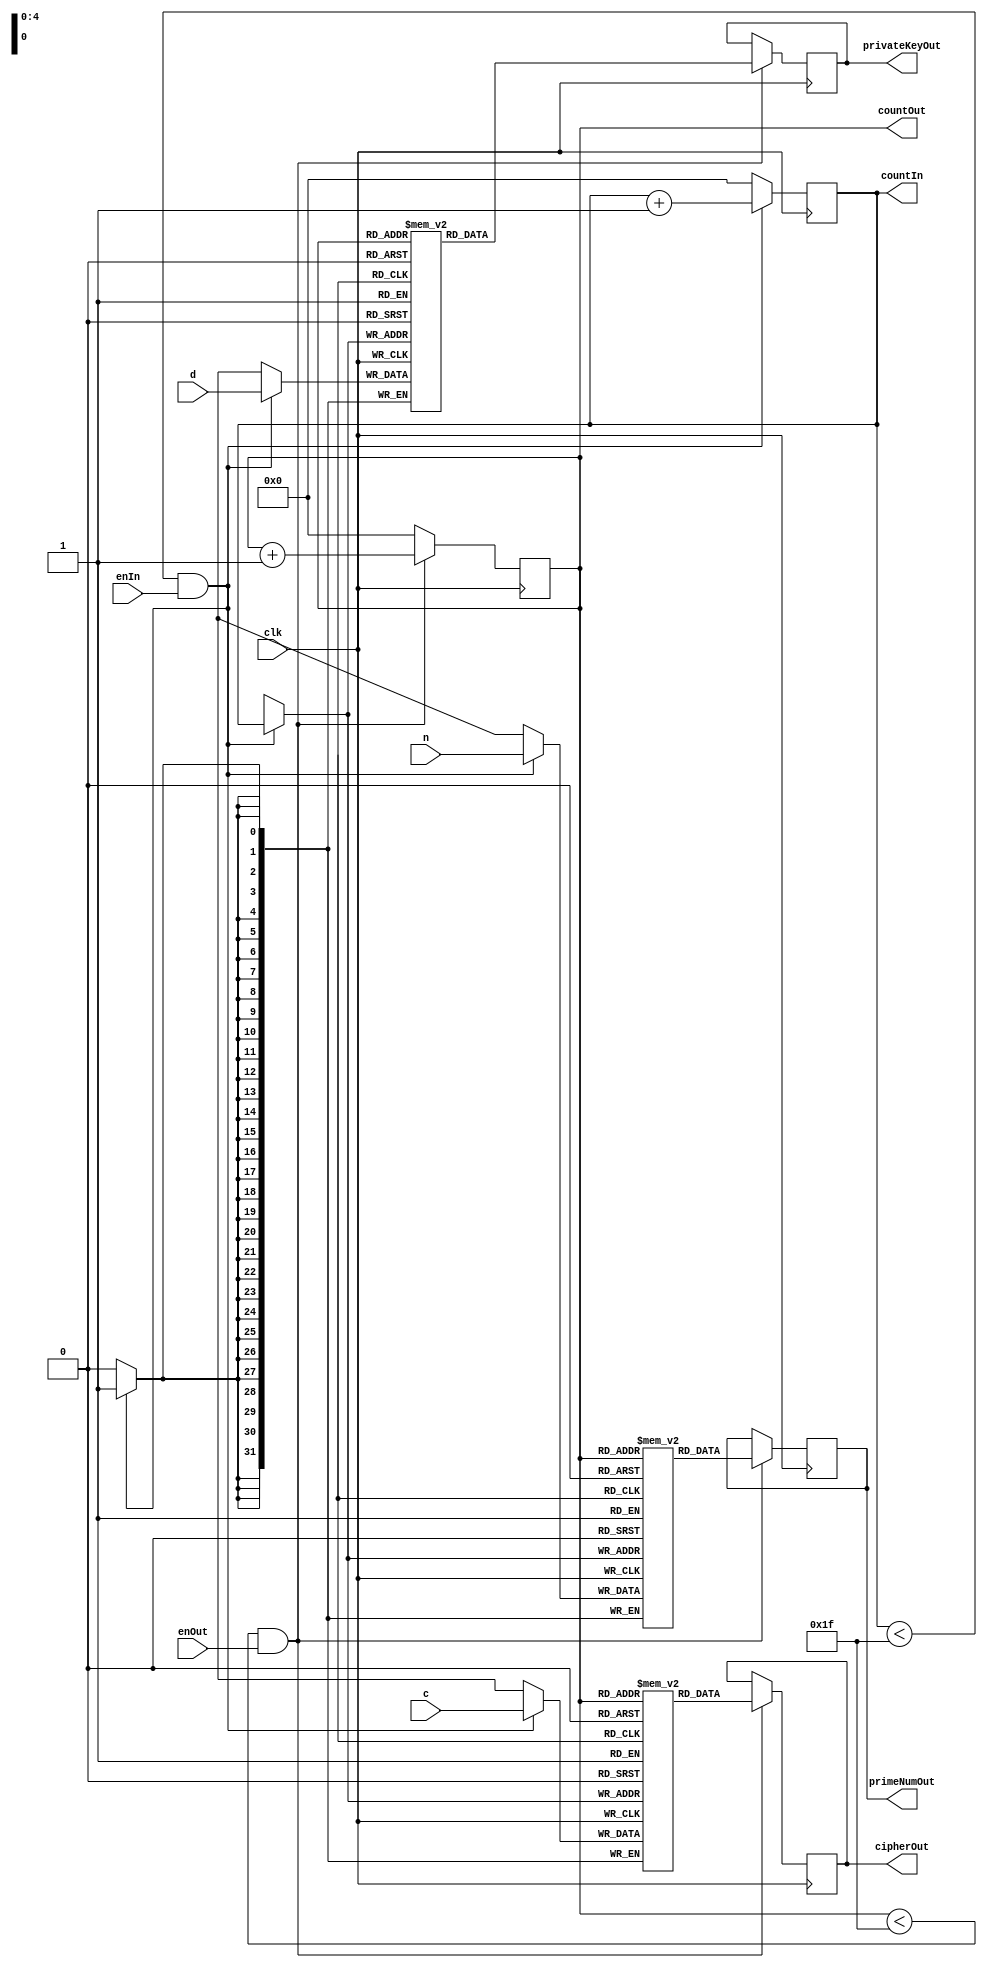
/*
we need both a start input bit  a start output bit
*/
module storeNumbers(
		n,
		d,
		c,
		clk,
		primeNumOut,
		privateKeyOut,
		cipherOut,
		enIn,
		enOut,
		countOut, 	// temp
		countIn		//temp
	);
	
	input [31:0] n; //product of prime numbers
	input [31:0] d; //private key
	input [31:0] c; //cipher text
	input clk;
	input enIn, enOut;

	output reg [4:0] countIn, countOut;
	
	reg [31:0] primeNum [31:0];
	reg [31:0] privateKey [31:0];
	reg [31:0] cipher [31:0];
	//output reg [31:0] pnum, pkey, cip;
	
	output reg [31:0] primeNumOut;
	output reg [31:0] privateKeyOut;
	output reg [31:0] cipherOut;	
	
	initial begin
	countIn = 5'b0;
	countOut = 5'b0;
	
	end
	
	//this is used to input values into the registers
	always @(posedge clk)begin
		//store new values into 32x32 regs'
		if((countIn < 5'b11111) && (enIn == 1'b1)) begin //2^5 = 32
				primeNum[countIn] <= n;
				privateKey[countIn] <= d;
				cipher[countIn] <= c;
		
				//incerement count
				countIn <= countIn + 5'b00001;
		end
		else begin
				countIn <= 5'b00000;
		end
			
	end
	
	//this is used to output from the registers
	always @(posedge clk) begin
		
		if((countOut < 5'b11111) && (enOut == 1'b1)) begin
			primeNumOut <= primeNum[countOut];
			privateKeyOut <= privateKey[countOut];
			cipherOut <= cipher[countOut];
			
			//incerement count
			countOut <= countOut + 5'b00001;
		end
		else begin
				countOut <= 5'b00000;
		end
	end


	
endmodule